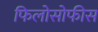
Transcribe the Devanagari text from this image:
फिलोसोफीस